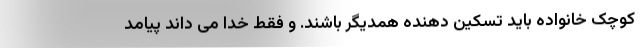
کوچک خانواده باید تسکین دهنده همدیگر باشند. و فقط خدا می داند پیامد